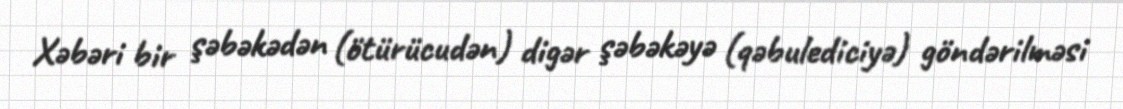
Xəbəri bir şəbəkədən (ötürücudən) digər şəbəkəyə (qəbulediciyə) göndərilməsi